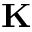
\bf K